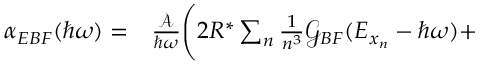
\begin{array} { r l } { \alpha _ { E B F } ( \hbar \omega ) = } & { { } \frac { \mathcal { A } } { \hbar \omega } \Bigg ( 2 R ^ { * } \sum _ { n } \frac { 1 } { n ^ { 3 } } \mathcal { G } _ { B F } ( E _ { x _ { n } } - \hbar \omega ) + } \end{array}